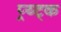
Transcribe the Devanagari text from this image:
प्र्य्ट्क